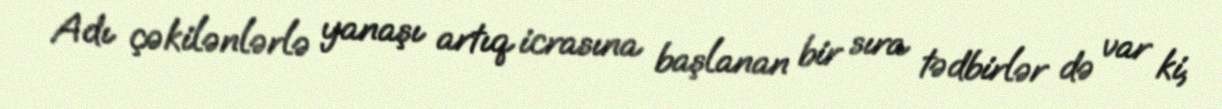
Adı çəkilənlərlə yanaşı artıq icrasına başlanan bir sıra tədbirlər də var ki,